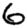
Digit: 6